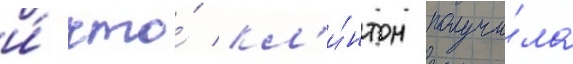
и́ что́ кл'и́нтон получи́ла